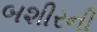
બશીરની